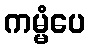
ကမ္မံပေ